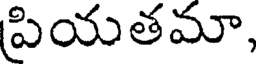
పియతమా,